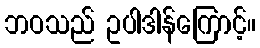
ဘဝသည် ဥပါဒါန်ကြောင့်။